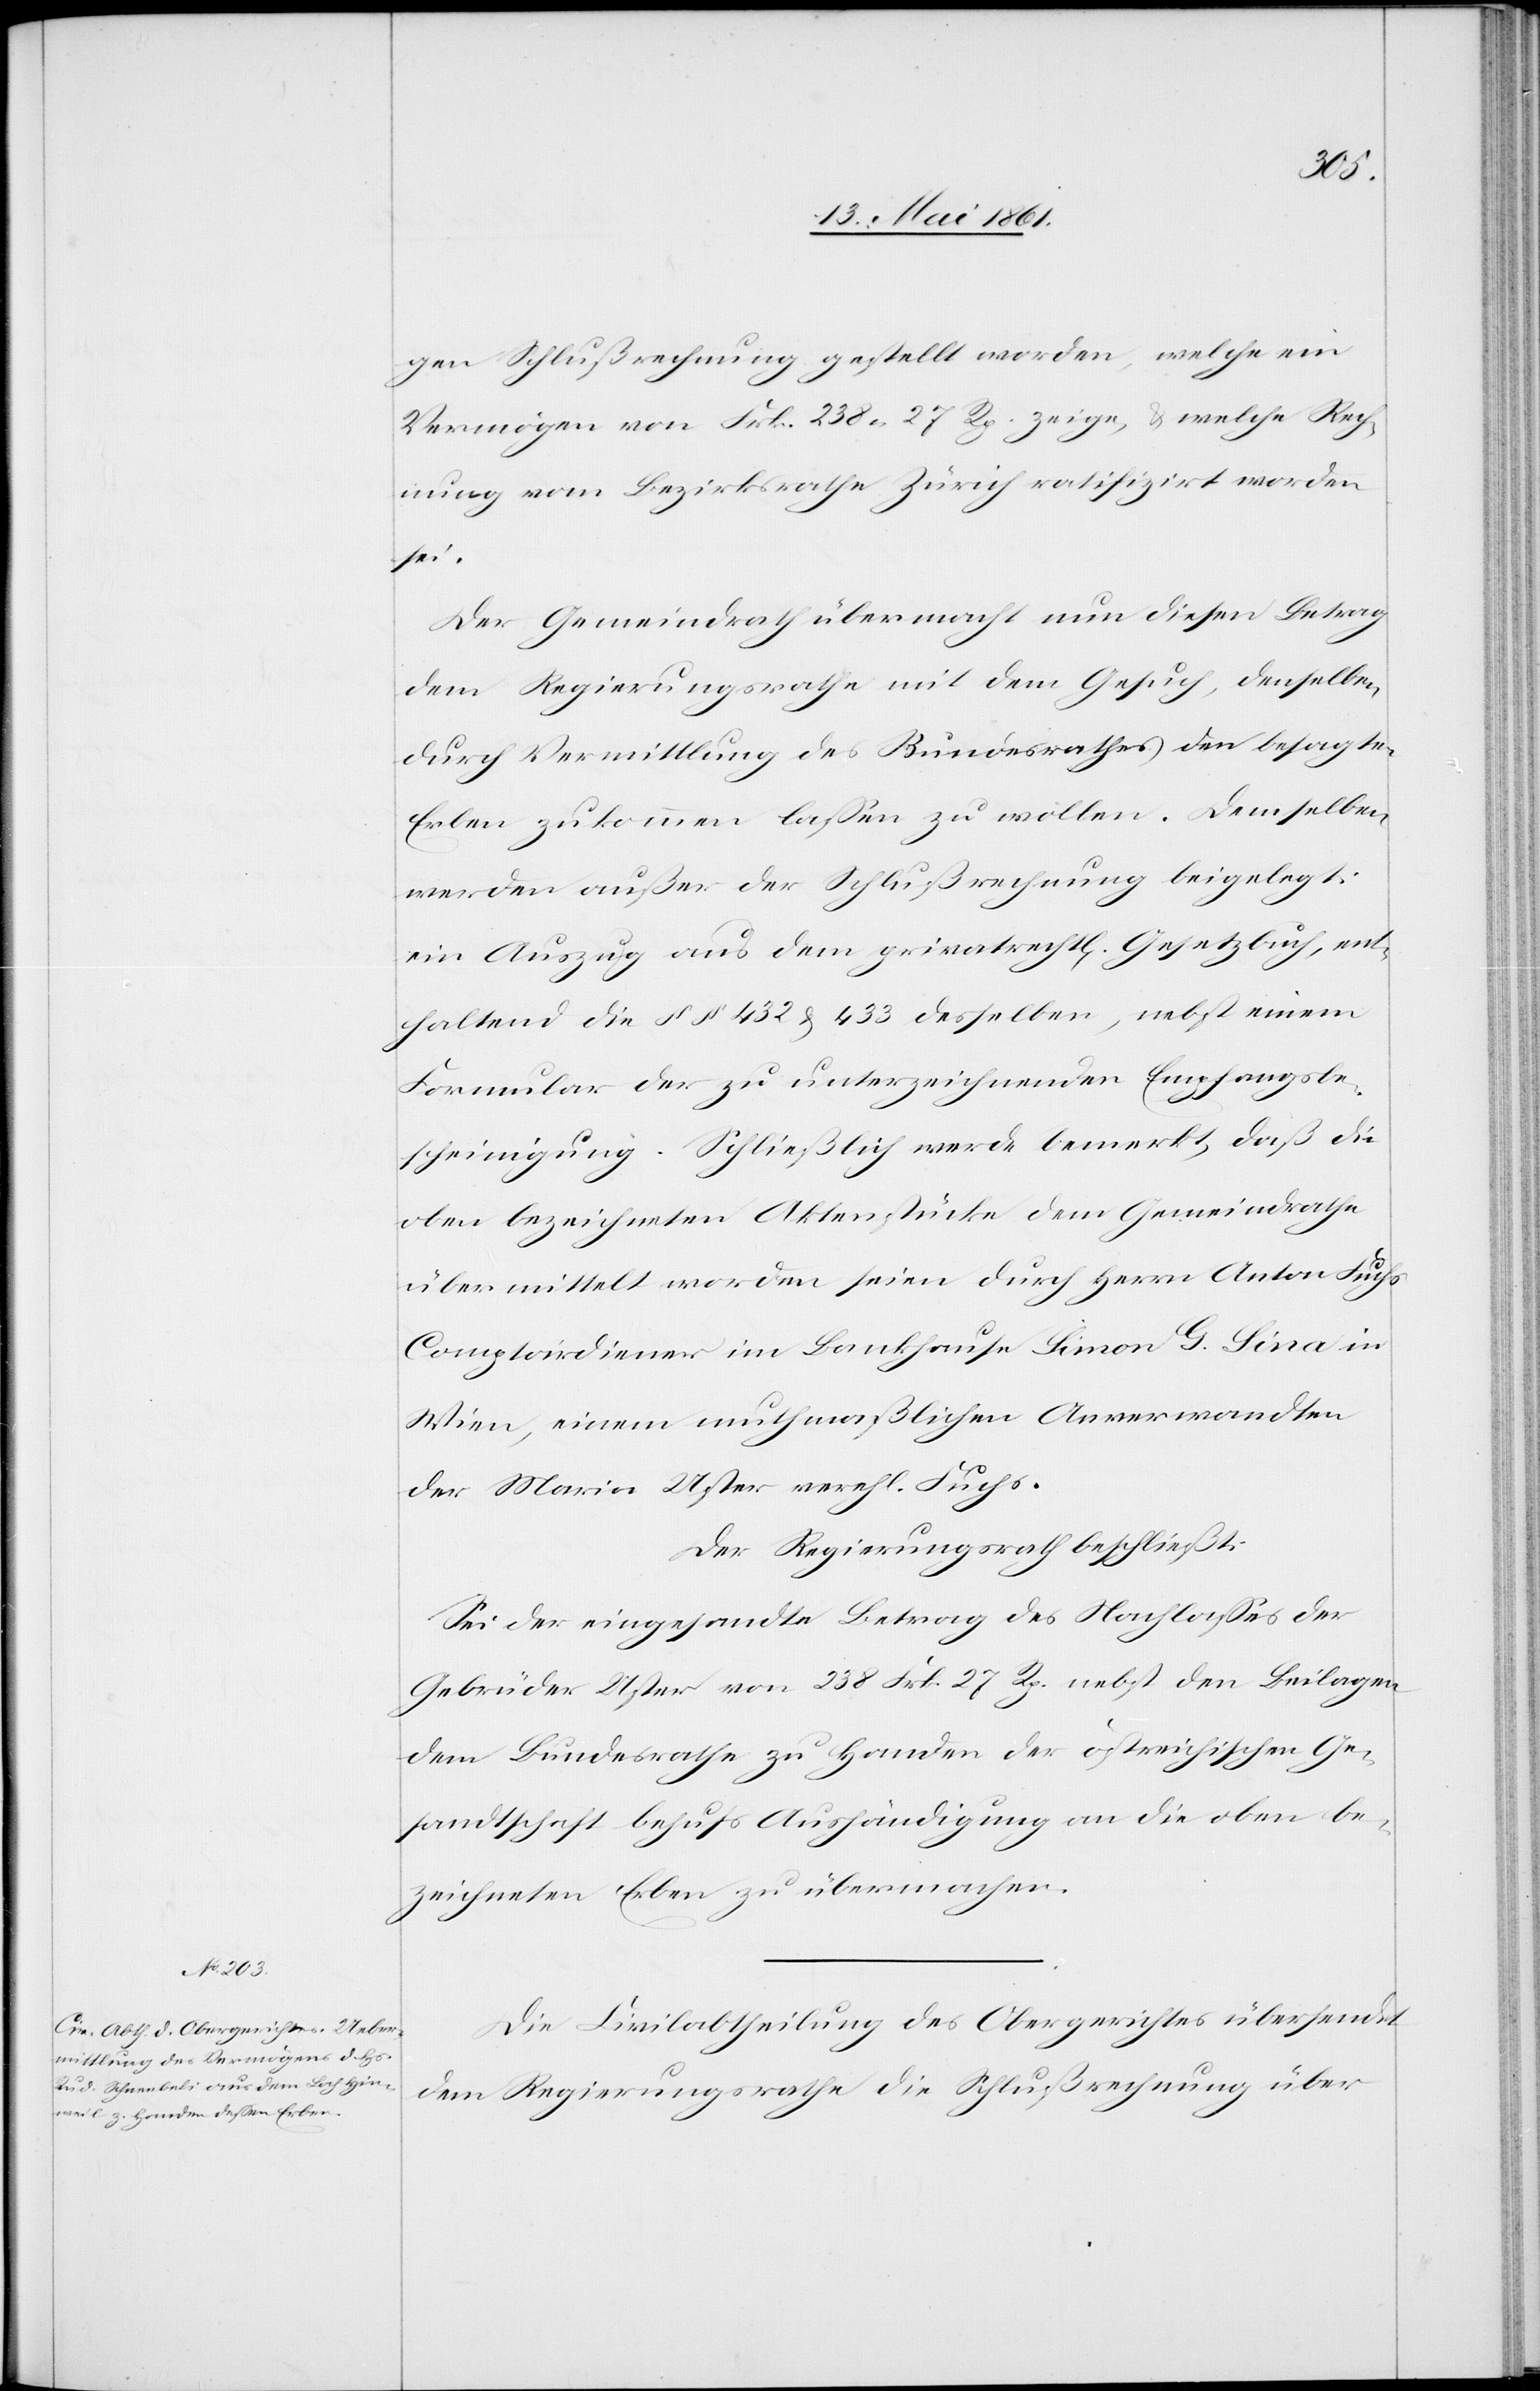
15. Mai 1861.]
gen Schlußrechnung gestellt worden, welche ein
Vermögen von Frk. 238 27 Rp. zeige, u. welche Rech¬
nung vom Bezirksrathe Zürich ratifizirt worden
sei.
Der Gemeindrath übermacht nun diesen Betrag
dem Regierungsrathe mit dem Gesuch, denselben
durch Vermittlung des Bundesrathes den besagten
Erben zukommen lassen zu wollen. Demselben
werden außer der Schlußrechnung beigelegt:
ein Auszug aus dem privatrecht[lichen] Gesetzbuch, ent¬
haltend die §§ 432 u. 433 desselben, nebst einem
Formular der zu unterzeichnenden Empfangsbe¬
scheinigung. Schließlich werde bemerkt, daß die
oben bezeichneten Aktenstücke dem Gemeindrathe
übermittelt worden seien durch Herrn Anton Fuchs
Comptoirdiener im Bankhause Simon G. Sina in
Wien, einem muthmaßlichen Anverwandten
der Maria Uster verehl. Fuchs.
Der Regierungsrath beschließt:
Sei der eingesandte Betrag des Nachlasses der
Gebrüder Uster von 238 Frk. 27 Rp. nebst den Beilagen
hischen Ge¬
dem Bundesrathe zu Handen der östreic¬
sandtschaft behufs Aushändigung an die oben be¬
zeichneten Erben zu übermachen.
Die Civilabtheilung des Obergerichtes übersendet
dem Regierungsrathe die Schlußrechnung über